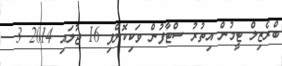
ބްރެޒިލް ޓީމުން އިތުރު ސްޓާފުން ވަކިކޮށްފި 16 ޖުލައި 2014 3